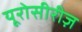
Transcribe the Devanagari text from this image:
यूरोसीरीज़